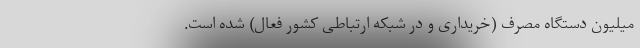
میلیون دستگاه مصرف (خریداری و در شبکه ارتباطی کشور فعال) شده است.